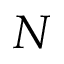
N